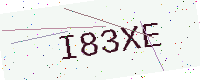
Text: I83XE